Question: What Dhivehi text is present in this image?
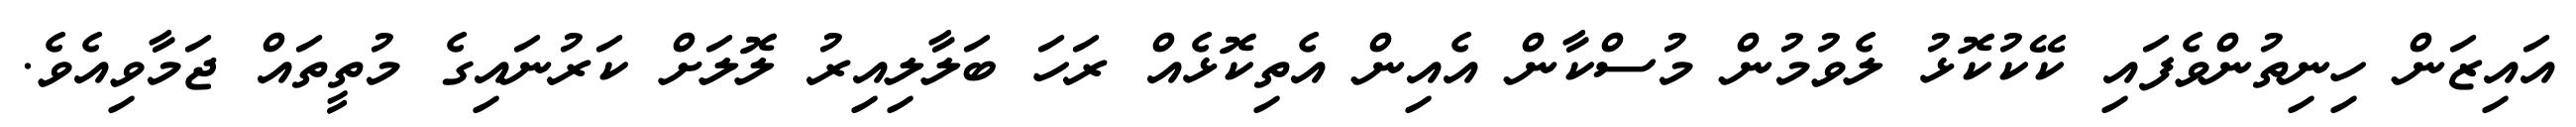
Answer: އައިޒަން ހިނިތުންވެފައި ކޭކުކޮޅު ލެވުމުން މުސްކާން އެއިން އެތިކޮޅެއް ރަހަ ބަލާލިއިރު ލޮލަށް ކަރުނައިގެ މުތީތައް ޖަމާވިއެވެ.